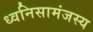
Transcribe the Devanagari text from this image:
ध्वनिसामंजस्य